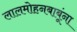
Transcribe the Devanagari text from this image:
लालमोहनबाबूंना